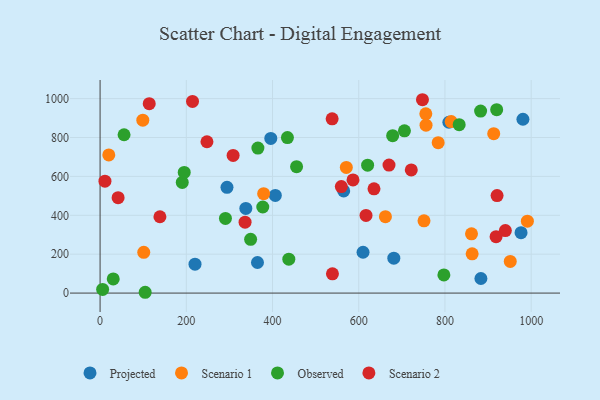
{"axis": {"x": "Ad Spend", "y": "Rating"}, "legend": ["Observed", "Projected", "Scenario 1", "Scenario 2"], "data": [{"x": "294.4", "y": 543.9, "type": "Projected"}, {"x": "976.5", "y": 310.9, "type": "Projected"}, {"x": "396.0", "y": 795.2, "type": "Projected"}, {"x": "338.1", "y": 435.2, "type": "Projected"}, {"x": "365.1", "y": 157.3, "type": "Projected"}, {"x": "220.2", "y": 148.6, "type": "Projected"}, {"x": "681.4", "y": 179.5, "type": "Projected"}, {"x": "610.0", "y": 210.1, "type": "Projected"}, {"x": "809.1", "y": 878.4, "type": "Projected"}, {"x": "565.1", "y": 525.2, "type": "Projected"}, {"x": "980.9", "y": 894.0, "type": "Projected"}, {"x": "406.5", "y": 502.3, "type": "Projected"}, {"x": "883.4", "y": 75.0, "type": "Projected"}, {"x": "661.9", "y": 393.0, "type": "Scenario 1"}, {"x": "755.6", "y": 922.0, "type": "Scenario 1"}, {"x": "571.2", "y": 646.3, "type": "Scenario 1"}, {"x": "20.2", "y": 710.3, "type": "Scenario 1"}, {"x": "951.5", "y": 162.9, "type": "Scenario 1"}, {"x": "784.3", "y": 773.4, "type": "Scenario 1"}, {"x": "751.4", "y": 371.8, "type": "Scenario 1"}, {"x": "863.1", "y": 201.8, "type": "Scenario 1"}, {"x": "913.1", "y": 819.5, "type": "Scenario 1"}, {"x": "379.4", "y": 511.0, "type": "Scenario 1"}, {"x": "101.3", "y": 209.6, "type": "Scenario 1"}, {"x": "991.2", "y": 369.8, "type": "Scenario 1"}, {"x": "756.1", "y": 863.4, "type": "Scenario 1"}, {"x": "861.6", "y": 304.8, "type": "Scenario 1"}, {"x": "99.1", "y": 889.2, "type": "Scenario 1"}, {"x": "814.4", "y": 881.7, "type": "Scenario 1"}, {"x": "434.6", "y": 799.5, "type": "Observed"}, {"x": "5.9", "y": 18.8, "type": "Observed"}, {"x": "833.0", "y": 866.2, "type": "Observed"}, {"x": "920.0", "y": 943.2, "type": "Observed"}, {"x": "377.4", "y": 442.7, "type": "Observed"}, {"x": "620.6", "y": 657.5, "type": "Observed"}, {"x": "366.1", "y": 745.7, "type": "Observed"}, {"x": "30.5", "y": 73.1, "type": "Observed"}, {"x": "706.0", "y": 834.3, "type": "Observed"}, {"x": "797.5", "y": 93.2, "type": "Observed"}, {"x": "678.7", "y": 809.2, "type": "Observed"}, {"x": "437.8", "y": 174.3, "type": "Observed"}, {"x": "190.6", "y": 569.3, "type": "Observed"}, {"x": "455.8", "y": 650.0, "type": "Observed"}, {"x": "882.7", "y": 935.8, "type": "Observed"}, {"x": "104.6", "y": 4.2, "type": "Observed"}, {"x": "290.8", "y": 383.9, "type": "Observed"}, {"x": "195.2", "y": 620.7, "type": "Observed"}, {"x": "349.2", "y": 276.3, "type": "Observed"}, {"x": "55.6", "y": 814.2, "type": "Observed"}, {"x": "41.8", "y": 490.7, "type": "Scenario 2"}, {"x": "538.3", "y": 896.1, "type": "Scenario 2"}, {"x": "214.4", "y": 985.8, "type": "Scenario 2"}, {"x": "721.9", "y": 633.4, "type": "Scenario 2"}, {"x": "11.3", "y": 575.3, "type": "Scenario 2"}, {"x": "920.9", "y": 501.6, "type": "Scenario 2"}, {"x": "247.9", "y": 778.2, "type": "Scenario 2"}, {"x": "539.0", "y": 99.3, "type": "Scenario 2"}, {"x": "308.6", "y": 708.1, "type": "Scenario 2"}, {"x": "940.1", "y": 321.4, "type": "Scenario 2"}, {"x": "559.6", "y": 547.7, "type": "Scenario 2"}, {"x": "747.8", "y": 994.3, "type": "Scenario 2"}, {"x": "635.4", "y": 536.3, "type": "Scenario 2"}, {"x": "670.2", "y": 658.5, "type": "Scenario 2"}, {"x": "336.3", "y": 364.5, "type": "Scenario 2"}, {"x": "616.9", "y": 399.3, "type": "Scenario 2"}, {"x": "138.8", "y": 392.5, "type": "Scenario 2"}, {"x": "114.0", "y": 974.1, "type": "Scenario 2"}, {"x": "586.7", "y": 581.9, "type": "Scenario 2"}, {"x": "918.6", "y": 290.1, "type": "Scenario 2"}]}